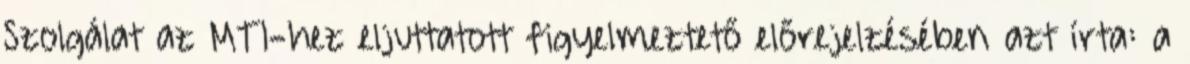
Szolgálat az MTI-hez eljuttatott figyelmeztető előrejelzésében azt írta: a